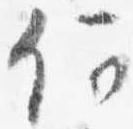
何